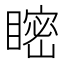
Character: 𥉴